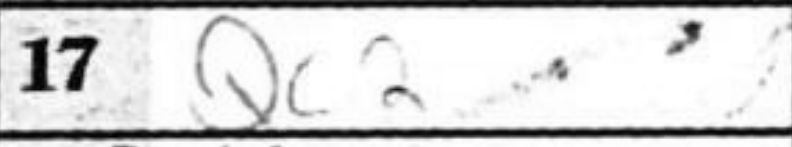
Transcription: Qc2